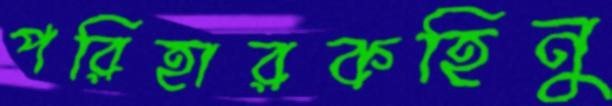
পরিহারকহিনু